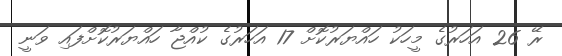
ރޭ 26 އަހަރުގެ މީހަކު ހައްޔަރުކޮށް 17 އަހަރުގެ ކުއްޖާ ހައްޔަރުކޮށްފައި ވަނީ